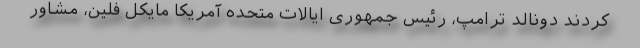
کردند دونالد ترامپ، رئیس جمهوری ایالات متحده آمریکا مایکل فلین، مشاور